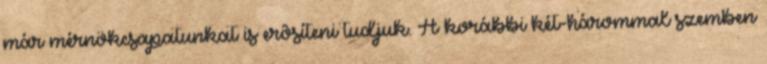
már mérnökcsapatunkat is erôsíteni tudjuk. A korábbi két-hárommal szemben